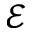
\mathcal { E }